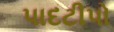
પાદટીપો